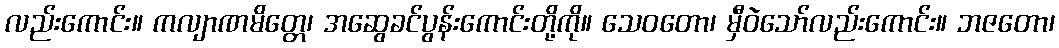
လည်းကောင်း။ ကလျာဏမိတ္တေ၊ အဆွေခင်ပွန်းကောင်းတို့ကို။ သေဝတော၊ မှီဝဲသော်လည်းကောင်း။ ဘဇတော၊